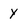
Character: Y